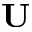
\mathbf { U }